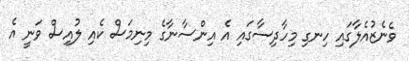
ވެނެޒުއެލާގައި ހިނގި މިހާދިސާގައި އެ އިންސާނާގެ މިނިމަސް ކެއި ލުއިސް ވަނީ އެ